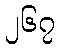
၂၆၇